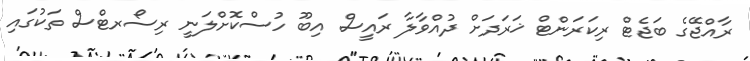
ރާއްޖޭގެ ބަޖެޓް ރިކަރަންޓް ޚަރަދަށް ދުއްވާލާ ރައީސް އިބޫ ހުސްކޮށްލަނީ ރިސޯރޓްސް ތަކުގައި